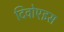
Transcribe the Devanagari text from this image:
दिवोएइस